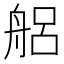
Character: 𮎎